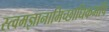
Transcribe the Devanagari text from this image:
स्त्वमज्ञानामिच्छाधिकमपि